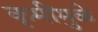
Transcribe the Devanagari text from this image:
कृमींमुळे